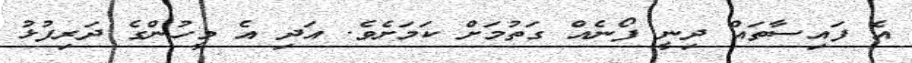
އެ ފައިސާތައް ދިނީ ފޯނެއް ގަތުމަށް ކަމަށެވެ. އަދި އެ މީހުންގެ ދަރިފުޅު